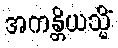
အကန္တိယသ္မိံ